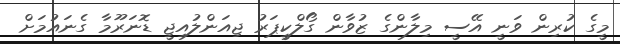
މީގެ ކުރިން ވަނީ އޭސީ މިލާންގެ ޒުވާން ގޯލްކީޕަރު ޖިއަންލުއިޖީ ޑޮނަރޫމާ ގެނައުމަށް